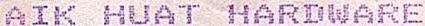
AIK HUAT HARDWARE